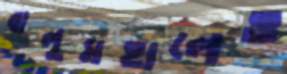
বালুমহালেও